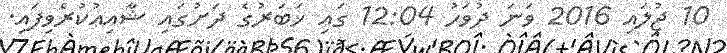
10 ޖުލައި 2016 ވަނަ ދުވަހު 12:04 ގައި ޚަބަރުގެ ދަށުގައި ޝާއިޢުކުރެވިފައި.